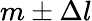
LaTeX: m\pm\Delta l